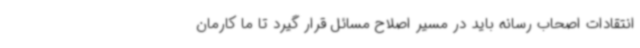
انتقادات اصحاب رسانه باید در مسیر اصلاح مسائل قرار گیرد تا ما کارمان